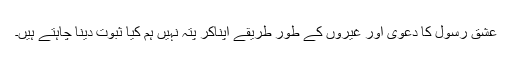
عشق رسول کا دعویٰ اور غیروں کے طور طریقے اپناکر پتہ نہیں ہم کیا ثبوت دینا چاہتے ہیں۔